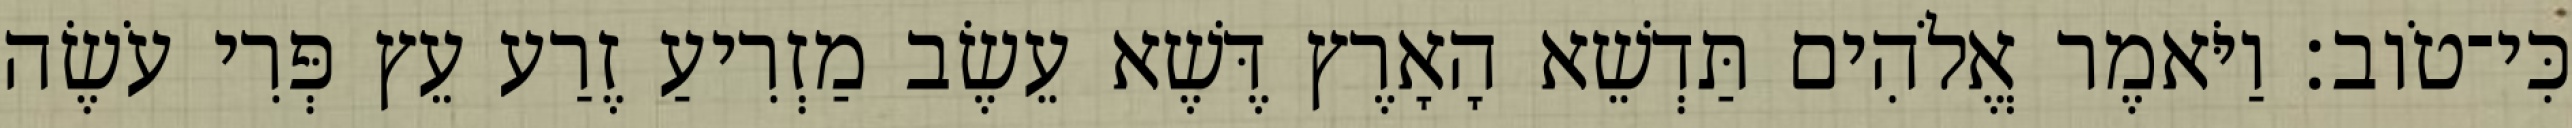
כִּי־טֹוב׃ וַיֹּאמֶר אֱלֹהִים תַּדְשֵׁא הָאָרֶץ דֶּשֶׁא עֵשֶׂב מַזְרִיעַ זֶרַע עֵץ פְּרִי עֹשֶׂה